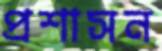
প্রশাসন